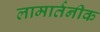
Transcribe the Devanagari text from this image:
लामार्तनीक